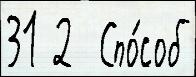
31 2  Спо́соб